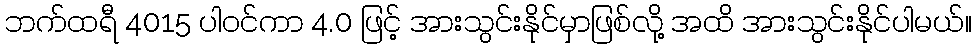
ဘက်ထရီ 4015 ပါဝင်ကာ 4.0 ဖြင့် အားသွင်းနိုင်မှာဖြစ်လို့ အထိ အားသွင်းနိုင်ပါမယ်။